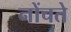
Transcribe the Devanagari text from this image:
नोंचते